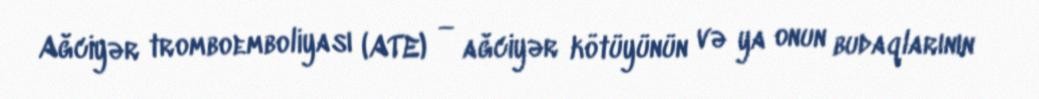
Ağciyər tromboemboliyası (ATE) — ağciyər kötüyünün və ya onun budaqlarının